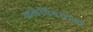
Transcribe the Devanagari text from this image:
कलेविषयीची